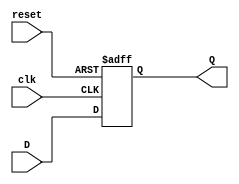
module flip_flop_register #(
    parameter WIDTH = 8  // Parameter to define the width of the register
) (
    input wire clk,      // Clock input
    input wire reset,    // Asynchronous reset input
    input wire [WIDTH-1:0] D, // Data input (WIDTH bits)
    output reg [WIDTH-1:0] Q   // Output register (WIDTH bits)
);

    // Always block for register behavior
    always @(posedge clk or posedge reset) begin
        if (reset) begin
            Q <= {WIDTH{1'b0}}; // Reset all bits to 0
        end else begin
            Q <= D; // Capture input data on clock edge
        end
    end

endmodule